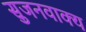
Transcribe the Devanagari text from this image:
सुजनवाक्य